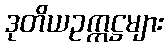
ဒုတိယဥက္ကဋ္ဌများ